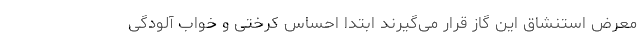
معرض استنشاق این گاز قرار می‌گیرند ابتدا احساس کرختی و خواب آلودگی